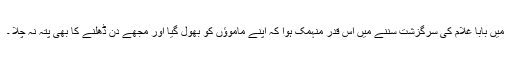
میں بابا غلام کی سرگزشت سننے میں اس قدر منہمک ہوا کہ اپنے ماموﺅں کو بھول گیا اور مجھے دن ڈھلنے کا بھی پتہ نہ چلا ۔